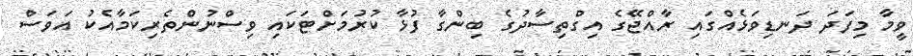
ވީމާ މިފަދަ ދަނޑިވަޅެއްގައި ރާއްޖޭގެ އިގްތިސާދުގެ ބިންގާ ފުޅާ ކުރުމަށްޓަކައި ވިސްނުންތެރިކަމާއެކު އަވަސް